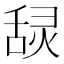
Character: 𰰄